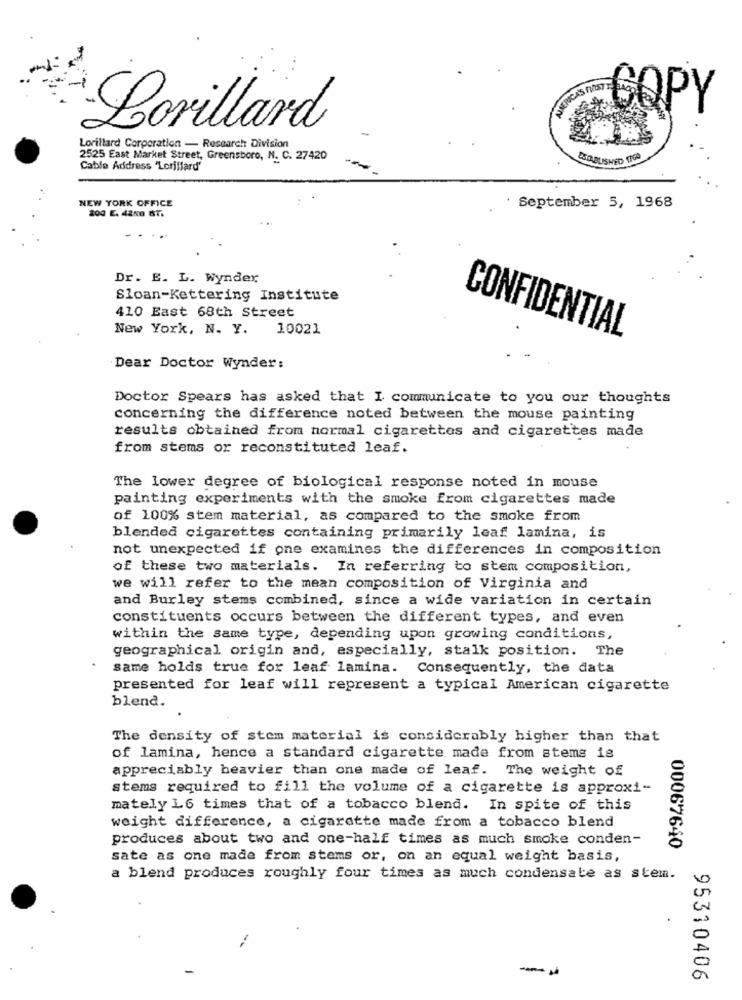
COPY
Lorillard
Lorillard Corporation - Research Division
2525 East Market Street, Greensboro, N. C. 27420
ESTABLISHED TICA
Cable Address 'Lorillard'
NEW YORK OFFICE
200 E. 4280 ST.
· September 5, 1968
Dr. E. L. Wynder
Sloan-Kettering Institute
410 East 68th Street
New York, N. Y. 10021
CONFIDENTIAL
Dear Doctor Wynder:
Doctor Spears has asked that I communicate to you our thoughts
concerning the difference noted between the mouse painting
results obtained from normal cigarettes and cigarettes made
from stems or reconstituted leaf.
The lower degree of biological response noted in mouse
painting experiments with the smoke from cigarettes made
of 100% stem material, as compared to the smoke from
blended cigarettes containing primarily leaf lamina, is
not unexpected if one examines the differences in composition
of these two materials. In referring to stem composition,
we will refer to the mean composition of Virginia and
and Burley stems combined, since a wide variation in certain
constituents occurs between the different types, and even
within the same type, depending upon growing conditions,
geographical origin and, especially, stalk position. The
same holds true for leaf lamina. Consequently, the data
presented for leaf will represent a typical American cigarette
blend.
The density of stem material is considerably higher than that
of lamina, hence a standard cigarette made from stems is
appreciably heavier than one made of leaf. The weight of
stems required to fill the volume of a cigarette is approxi-
mately L6 times that of a tobacco blend. In spite of this
weight difference, a cigarette made from a tobacco blend
produces about two and one-half times as much smoke conden-
00067640
sate as one made from stems or, on an equal weight basis,
a blend produces roughly four times as much condensate as stem.
--
95310406